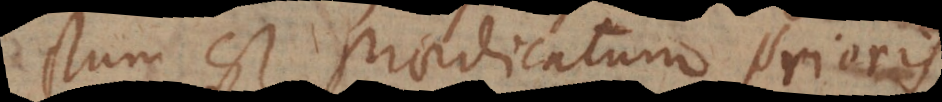
subjectum est praedicatum prioris,